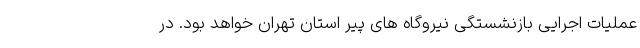
عملیات اجرایی بازنشستگی نیروگاه های پیر استان تهران خواهد بود. در